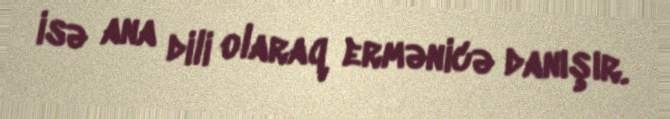
isə ana dili olaraq ermənicə danışır.